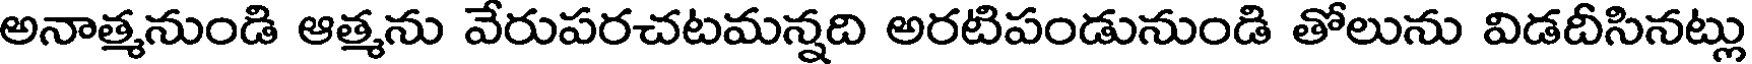
అనాత్మనుండి ఆత్మను వేరుపరచటమన్నది అరటిపండునుండి తోలును విడదీసినట్లు